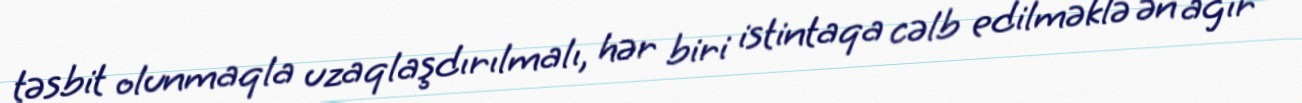
təsbit olunmaqla uzaqlaşdırılmalı, hər biri istintaqa cəlb edilməklə ən ağır